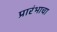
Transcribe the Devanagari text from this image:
प्रारंभाचा